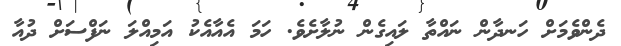
ދެންވެމަށް ހަނދާން ނައްތާ ލައިގެން ނުލާށެވެ. ހަމަ އެއާއެކު އަމިއްލަ ނަފްސަށް ދުއާ